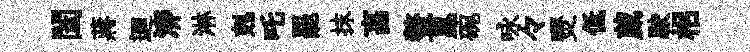
闔蔣逥泖淋剋吒罷抹亯鳌崑碗咏々燹低蕆駛梠